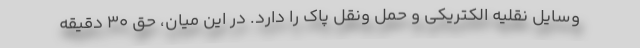
وسایل نقلیه الکتریکی و حمل ونقل پاک را دارد. در این میان، حق 30 دقیقه